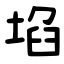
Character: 埳